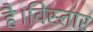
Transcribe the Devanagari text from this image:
है।विस्तार